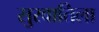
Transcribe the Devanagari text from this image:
सुरवातिला